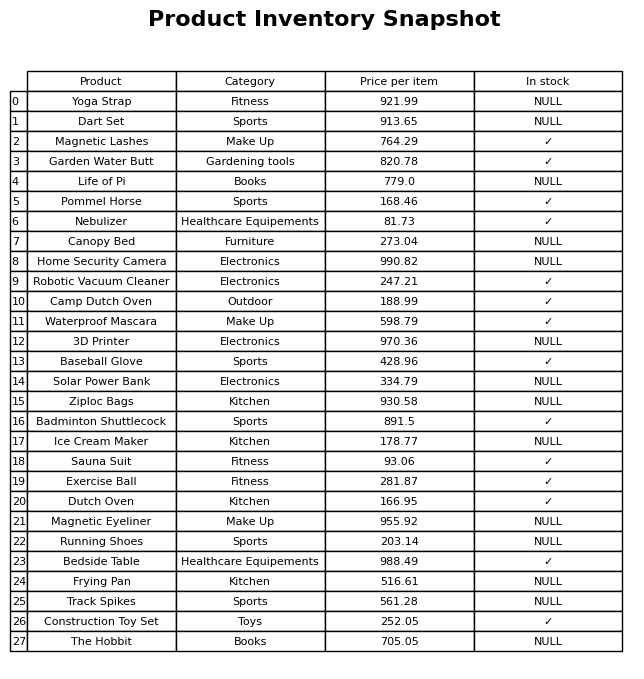
question: What is the price of the Dart Set?
answer: The price of Dart Set is 913.65.